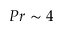
P r \sim 4